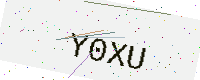
Text: Y0XU